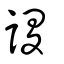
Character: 謖